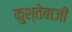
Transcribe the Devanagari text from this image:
कुश्तेबाजी